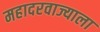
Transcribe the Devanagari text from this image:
महादरवाज्याला